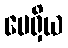
မေရှိယ